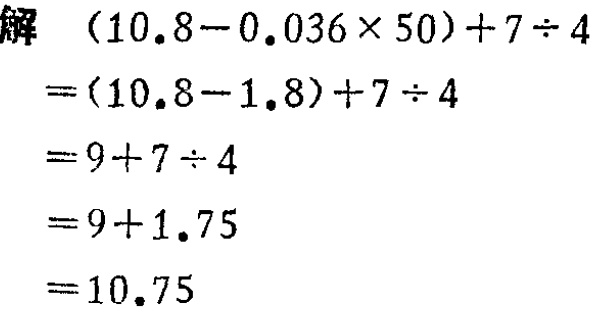
\[

\begin{align*}

&(10.8 - 0.036\times50)+7\div4\\

=&(10.8 - 1.8)+7\div4\\

=&9 + 7\div4\\

=&9+1.75\\

=&10.75

\end{align*}

\]